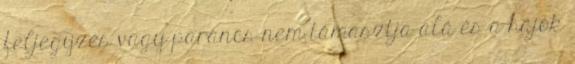
feljegyzés vagy parancs nem támasztja alá és a hajók